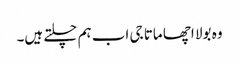
وہ بولا اچھا ماتا جی اب ہم چلتے ہیں۔